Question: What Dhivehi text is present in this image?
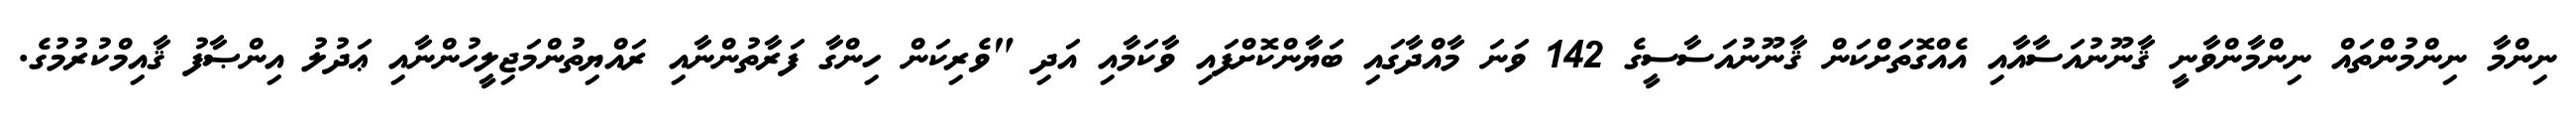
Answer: ނިންމާ ނިންމުންތައް ނިންމާންވާނީ ޤާނޫނުއަސާއާއި އެއްގޮތަށްކަން ޤާނޫނުއަސާސީގެ 142 ވަނަ މާއްދާގައި ބަޔާންކޮށްފައި ވާކަމާއި އަދި "ވެރިކަން ހިންގާ ފަރާތުންނާއި ރައްޔިތުންމަޖިލީހުންނާއި ޢަދުލު އިންޞާފު ޤާއިމްކުރުމުގެ.